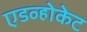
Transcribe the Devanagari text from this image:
एडव्होकेट